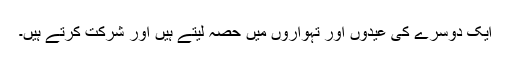
ایک دوسرے کی عیدوں اور تہواروں میں حصہ لیتے ہیں اور شرکت کرتے ہیں۔